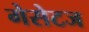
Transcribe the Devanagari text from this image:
गेसेटज